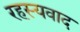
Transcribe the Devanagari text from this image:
रहस्‍यवाद